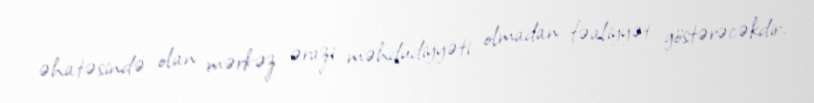
əhatəsində olan mərkəz ərazi məhdudiyyəti olmadan fəaliyyət göstərəcəkdir.